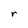
Character: r